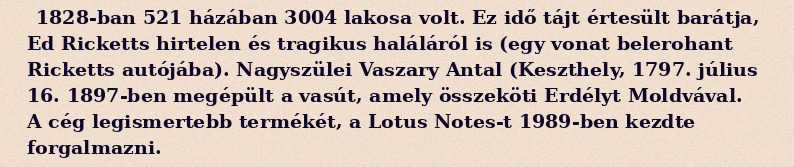
1828-ban 521 házában 3004 lakosa volt. Ez idő tájt értesült barátja, Ed Ricketts hirtelen és tragikus haláláról is (egy vonat belerohant Ricketts autójába). Nagyszülei Vaszary Antal (Keszthely, 1797. július 16. 1897-ben megépült a vasút, amely összeköti Erdélyt Moldvával. A cég legismertebb termékét, a Lotus Notes-t 1989-ben kezdte forgalmazni.